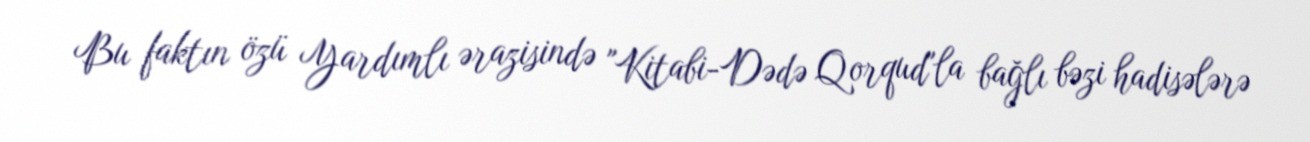
Bu faktın özü Yardımlı ərazisində "Kitabi-Dədə Qorqud"la bağlı bəzi hadisələrə